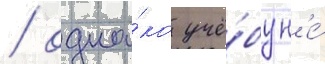
/ одна́ко учё́бу н'е́